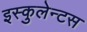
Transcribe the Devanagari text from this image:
इस्कुलेन्टस